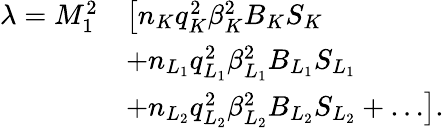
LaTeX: \begin{array}{r}{\begin{array}{rl}{\lambda=M_{1}^{2}}&{\left[n_{K}q_{K}^{2}\beta_{K}^{2}B_{K}S_{K}\right.}\\ &{+n_{L_{1}}q_{L_{1}}^{2}\beta_{L_{1}}^{2}B_{L_{1}}S_{L_{1}}}\\ &{\left.+n_{L_{2}}q_{L_{2}}^{2}\beta_{L_{2}}^{2}B_{L_{2}}S_{L_{2}}+\ldots\right].}\end{array}}\end{array}